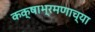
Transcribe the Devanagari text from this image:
कक्षाभ्रमणाच्या